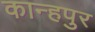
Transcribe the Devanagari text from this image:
कान्हपुर